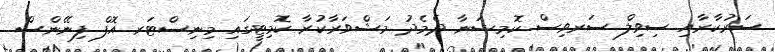
ސަރުކާރާއި ސިވިލް ސަރވިސް ކޮމިޝަނާ ދެމެދު މަޝްވަރާކުރާ ކޮމިޓީގައި މިނިސްޓަރ އޮފް ފިނޭންސް